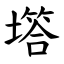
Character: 㙮